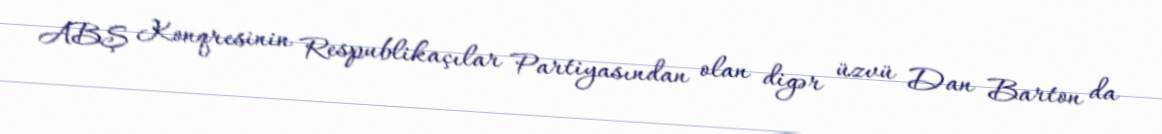
ABŞ Konqresinin Respublikaçılar Partiyasından olan digər üzvü Dan Barton da